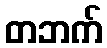
တဘက်